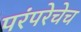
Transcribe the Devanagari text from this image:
परंपरेचेच